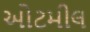
ઓટમીલ